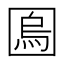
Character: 𡈎